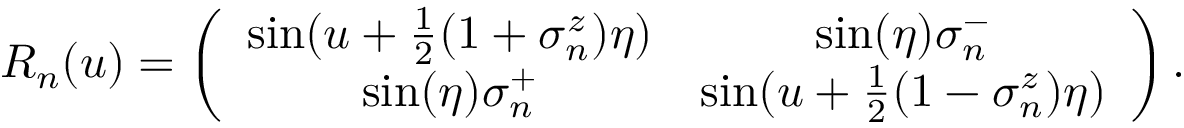
R _ { n } ( u ) = \left( \begin{array} { c c c c } { { \sin ( u + \frac { 1 } { 2 } ( 1 + \sigma _ { n } ^ { z } ) \eta ) } } & { { \sin ( \eta ) \sigma _ { n } ^ { - } } } \\ { { \sin ( \eta ) \sigma _ { n } ^ { + } } } & { { \sin ( u + \frac { 1 } { 2 } ( 1 - \sigma _ { n } ^ { z } ) \eta ) } } \end{array} \right) .